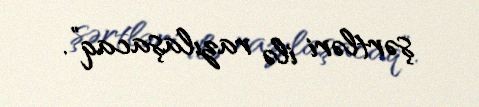
şərtləri ilə razılaşacaq”.